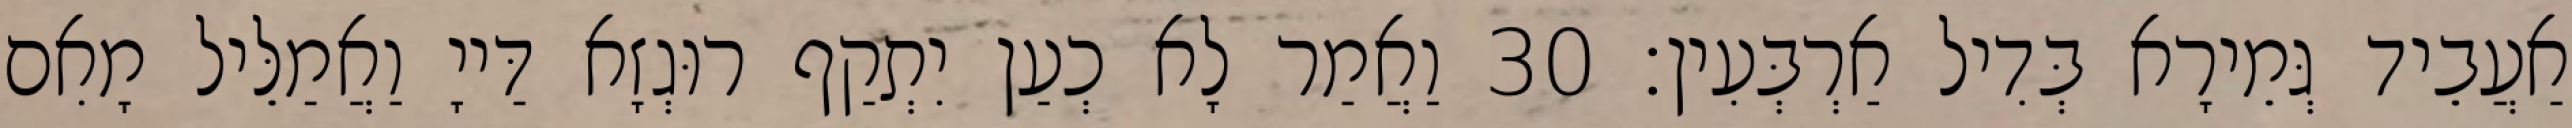
אַעֲבֵיד גְּמֵירָא בְּדִיל אַרְבְּעִין׃ 30 וַאֲמַר לָא כְעַן יִתְקַף רוּגְזָא דַּייָ וַאֲמַלֵּיל מָאִם